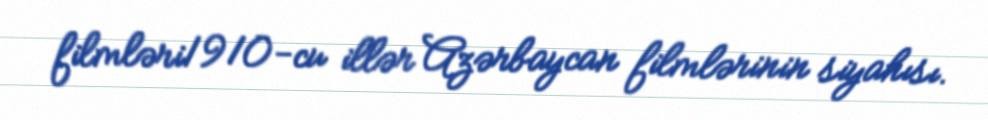
filmləri1910-cu illər Azərbaycan filmlərinin siyahısı.